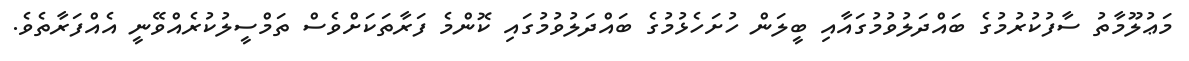
މަޢުލޫމާތު ސާފުކުރުމުގެ ބައްދަލުވުމުގައާއި ބީލަން ހުށަހެޅުމުގެ ބައްދަލުވުމުގައި ކޮންމެ ފަރާތަކަށްވެސް ތަމްސީލުކުރެއްވޭނީ އެއްފަރާތެވެ.